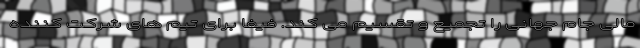
مالی جام جهانی را تجمیع و تقسیم می کند. فیفا برای تیم های شرکت کننده